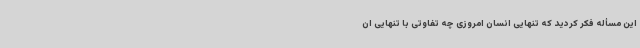
این مسأله فکر کردید که تنهایی انسان امروزی چه تفاوتی با تنهایی ان